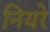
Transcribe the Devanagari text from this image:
नियरे